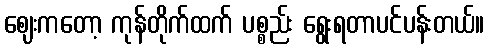
ဈေးကတော့ ကုန်တိုက်ထက် ပစ္စည်း ရွေးရတာပင်ပန်းတယ်။